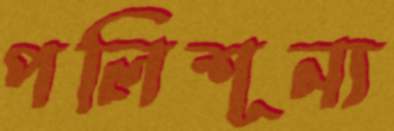
পলিশূন্য